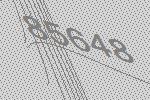
85648